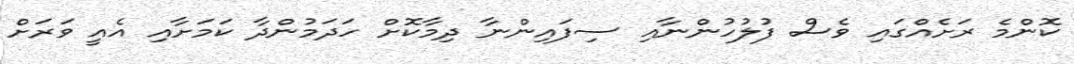
ކޮންމެ ރަށެއްގައި ވެސް ފުލުހުންނާއި ސިފައިންނާ ދިމާކޮށް ހަދަމުންދާ ކަމަށާއި އެއީ ވަރަށް